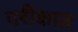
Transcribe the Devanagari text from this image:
परीक्षात